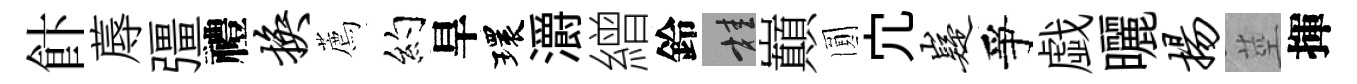
飰蓐彊禮换薦约旱環灂繒鈴桂巔圎宂嶷爭戯曬扬莖揮